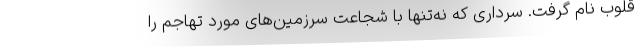
قلوب نام گرفت. سرداری که نه‌تنها با شجاعت سرزمین‌های مورد تهاجم را